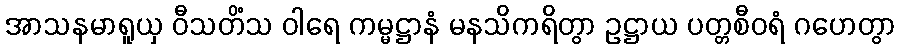
အာသနမာရူယှ ဝီသတိံသ ဝါရေ ကမ္မဋ္ဌာနံ မနသိကရိတွာ ဥဋ္ဌာယ ပတ္တစီဝရံ ဂဟေတွာ